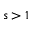
s > 1